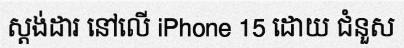
ស្តង់ដារ នៅលើ iPhone 15 ដោយ ជំនួស